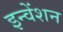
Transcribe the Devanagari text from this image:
इन्वेंशन